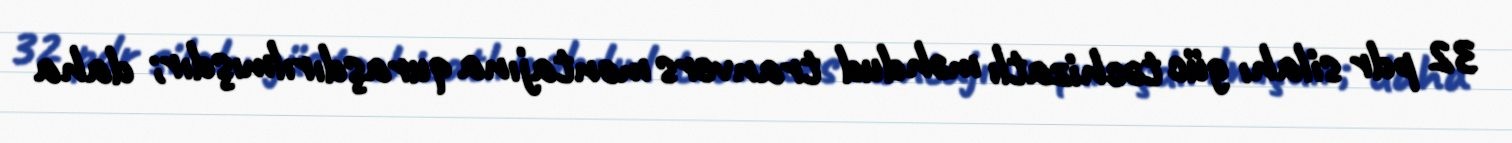
32 pdr silahı güc təchizatlı məhdud tranvers montajına quraşdırılmışdır; daha